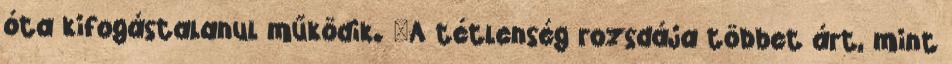
óta kifogástalanul működik. "A tétlenség rozsdája többet árt, mint